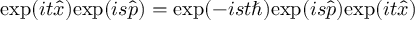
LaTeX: \mathrm { e x p } ( i t { \hat { x } } ) \mathrm { e x p } ( i s { \hat { p } } ) = \mathrm { e x p } ( - i s t \hbar ) \mathrm { e x p } ( i s { \hat { p } } ) \mathrm { e x p } ( i t { \hat { x } } )